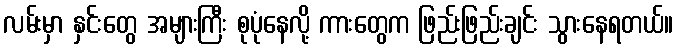
လမ်းမှာ နှင်းတွေ အများကြီး စုပုံနေလို့ ကားတွေက ဖြည်းဖြည်းချင်း သွားနေရတယ်။